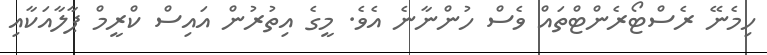
ހިމެނޭ ރެސްޓޯރެންޓްތައް ވެސް ހުންނާނެ އެވެ. މީގެ އިތުރުން އައިސް ކްރީމް ޕާލާއަކާއި